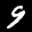
Label: 9